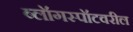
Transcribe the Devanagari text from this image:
ब्लॉगस्पॉटवरील